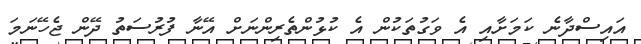
އައިސްދާނެ ކަމަށާއި އެ ވަގުތަކުން އެ ކުޅުންތެރިންނަށް އޭނާ ފުރުސަތު ދޭން ޖެހޭނަމަ